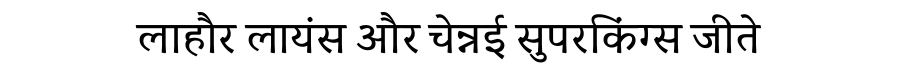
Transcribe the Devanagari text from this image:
लाहौर लायंस और चेन्नई सुपरकिंग्स जीते